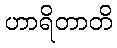
ဟာရိတာတိ